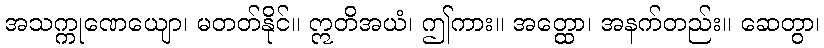
အသက္ကုဏေယျော၊ မတတ်နိုင်။ ဣတိအယံ၊ ဤကား။ အတ္ထော၊ အနက်တည်း။ ဆေတွာ၊